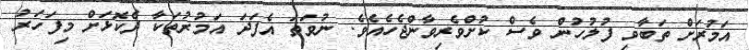
އަމުރަށް ތަބާވި ފުލުހުން ވެސް ކުށްވެރިވާންޖެހެއެވެ. ނުވަތަ އެފަދަ އަމުރުތަކާ ދެކޮޅަށް މިފަހަރު